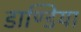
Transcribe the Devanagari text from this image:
डाण्डिया